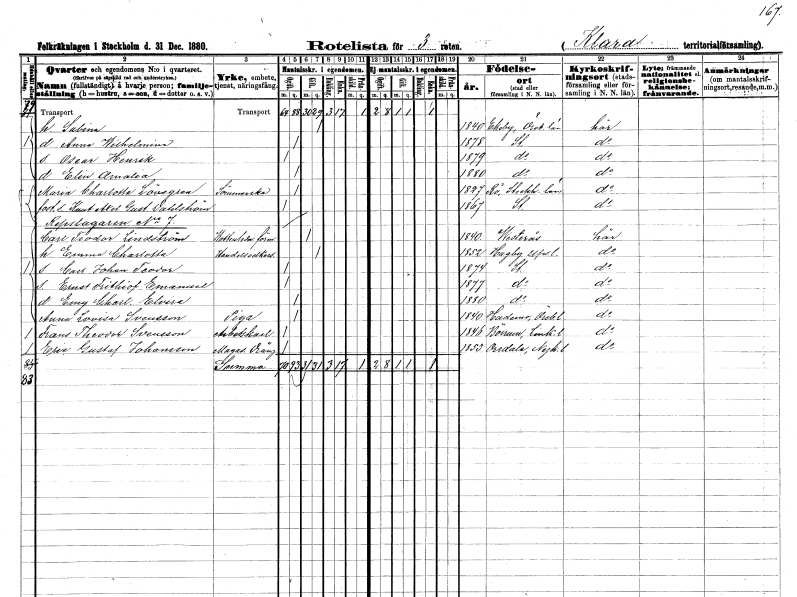
gt_parse: households: individuals: FN: Sabina
KON: K
CIV: G
FODAR: 1840
FODFORS: Ekeby Örebro län
FN: Anna Wilhelmina
KON: K
CIV: O
FODAR: 1878
FODFORS: Stockholm
FN: Oscar Henrik
KON: M
CIV: O
FODAR: 1879
FODFORS: Stockholm
FN: Elin Amalia
KON: K
CIV: O
FODAR: 1880
FODFORS: Stockholm
FN: Maria Charlotta
EN: Lövegren
YRKE: Sömmerska
KON: K
CIV: O
FODAR: 1827
FODFORS: Rö Stockholms län
FN: Knut Axel Gustaf
EN: Dahlström
KON: M
CIV: O
FODAR: 1867
FODFORS: Stockholm
FN: Carl Teodor
EN: Lindström
YRKE: Vattenledningsförman
KON: M
CIV: G
FODAR: 1840
FODFORS: Västerås Västmanlands län
FN: Emma Charlotta
YRKE: Handelsidkare
KON: K
CIV: G
FODAR: 1852
FODFORS: Hagby Uppsala län
FN: Carl Johan Teodor
KON: M
CIV: O
FODAR: 1874
FODFORS: Stockholm
FN: Ernst Frithiof Emanuel
KON: M
CIV: O
FODAR: 1877
FODFORS: Stockholm
FN: Emy Charlotta Elvira
KON: K
CIV: O
FODAR: 1880
FODFORS: Stockholm
FN: Anna Lovisa
EN: Svensson
YRKE: Piga
KON: K
CIV: O
FODAR: 1840
FODFORS: Hardemo Örebro län
FN: Frans Theodor
EN: Svensson
YRKE: Arbetskarl
KON: M
CIV: O
FODAR: 1846
FODFORS: Börrum Östergötlands län
FN: Eric Gustaf
EN: Johansson
YRKE: Magasindräng
KON: M
CIV: O
FODAR: 1853
FODFORS: Årdala Södermanlands län